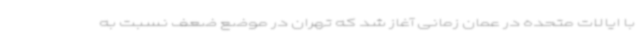
با ایالات متحده در عمان زمانی آغاز شد که تهران در موضع ضعف نسبت به